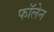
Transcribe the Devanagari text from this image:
फॉलेन